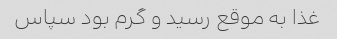
غذا به موقع رسید و گرم بود سپاس